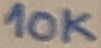
Text: 10K